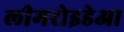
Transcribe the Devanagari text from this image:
लीमरोइडेआ